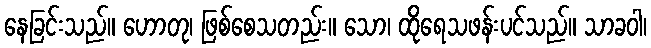
နေခြင်းသည်။ ဟောတု၊ ဖြစ်စေသတည်း။ သော၊ ထိုရေသဖန်းပင်သည်။ သာခဝါ၊